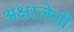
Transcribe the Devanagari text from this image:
अक्षरलेणी